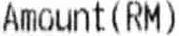
AMOUNT(RM)